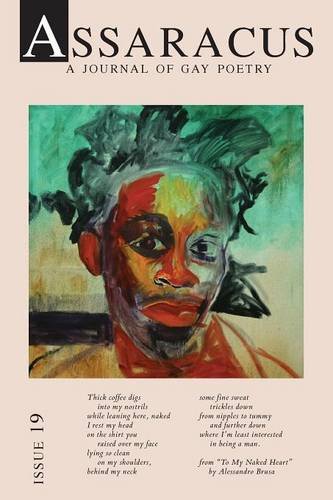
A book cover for Assaracus Issue 19: A Journal of Gay Poetry; Gay & Lesbian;